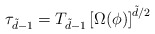
\begin{align*}\tau_{\tilde d -1} = T_{\tilde d -1} \left [ \Omega(\phi) \right ]^{\tilde d/2}\end{align*}